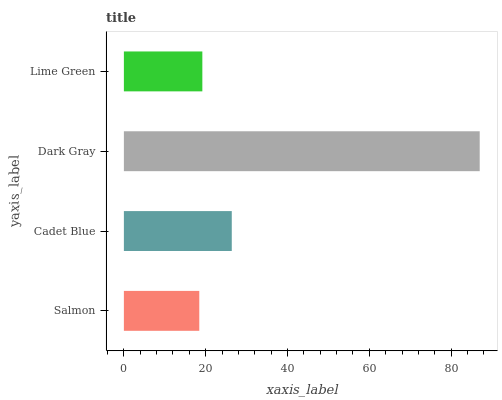
| yaxis_label | bars |
 | --- | --- |
 | Salmon | 18.4 |
 | Cadet Blue | 26.4 |
 | Dark Gray | 87 |
 | Lime Green | 19.2 |